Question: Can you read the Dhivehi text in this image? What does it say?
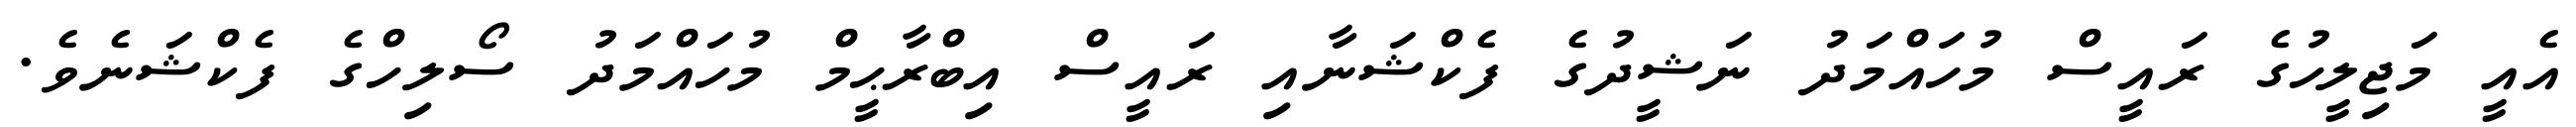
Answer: އެއީ މަޖިލީހުގެ ރައީސް މުހައްމަދު ނަޝީދުގެ ފެކްޝަނާއި ރައީސް އިބްރާޙީމް މުހައްމަދު ސޯލިހްގެ ފެކްޝަނެވެ.